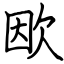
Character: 欭